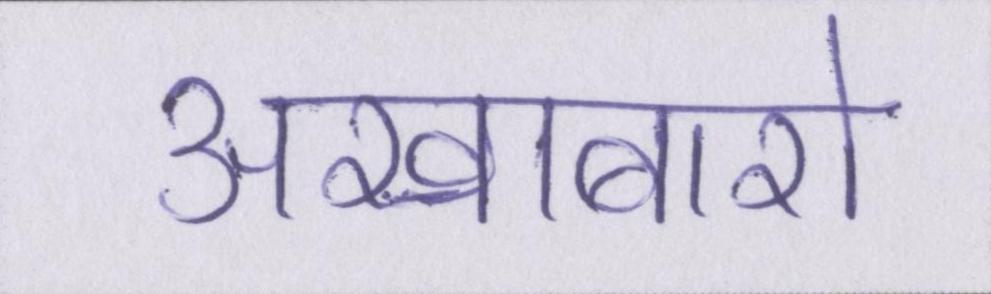
अखाबारो